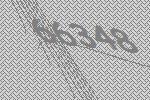
66348